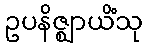
ဥပနိဇ္ဈာယိံသု